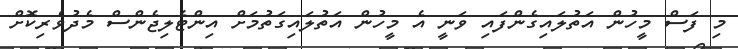
މި ފަސް މީހުން އަތުލައިގެންފައި ވަނީ އެ މީހުން އަތުލައިގަތުމަށް އިންޓެލިޖެންސް މެދުވެރިކޮށް